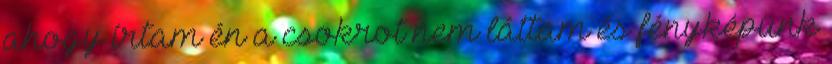
ahogy írtam én a csokrot nem láttam és fényképünk